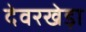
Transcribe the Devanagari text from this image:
देवरखेड़ा